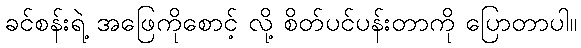
ခင်စန်းရဲ့ အဖြေကိုစောင့် လို့ စိတ်ပင်ပန်းတာကို ပြောတာပါ။